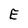
Character: E